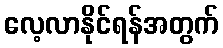
လေ့လာနိုင်ရန်အတွက်